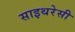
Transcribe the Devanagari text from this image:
साइथरेसी